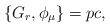
\begin{align*}\{G_r,\phi_{\mu} \} = pc,\end{align*}